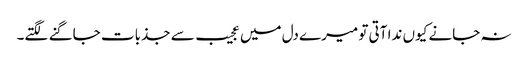
نہ جانے کیوں ندا آتی تو میرے دل میں عجیب سے جذبات جاگنے لگتے۔